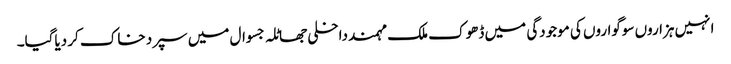
انہیں ہزاروں سوگواروں کی موجودگی میں ڈھوک ملک مہمند داخلی جھاٹلہ جسوال میں سپرد خاک کر دیاگیا۔